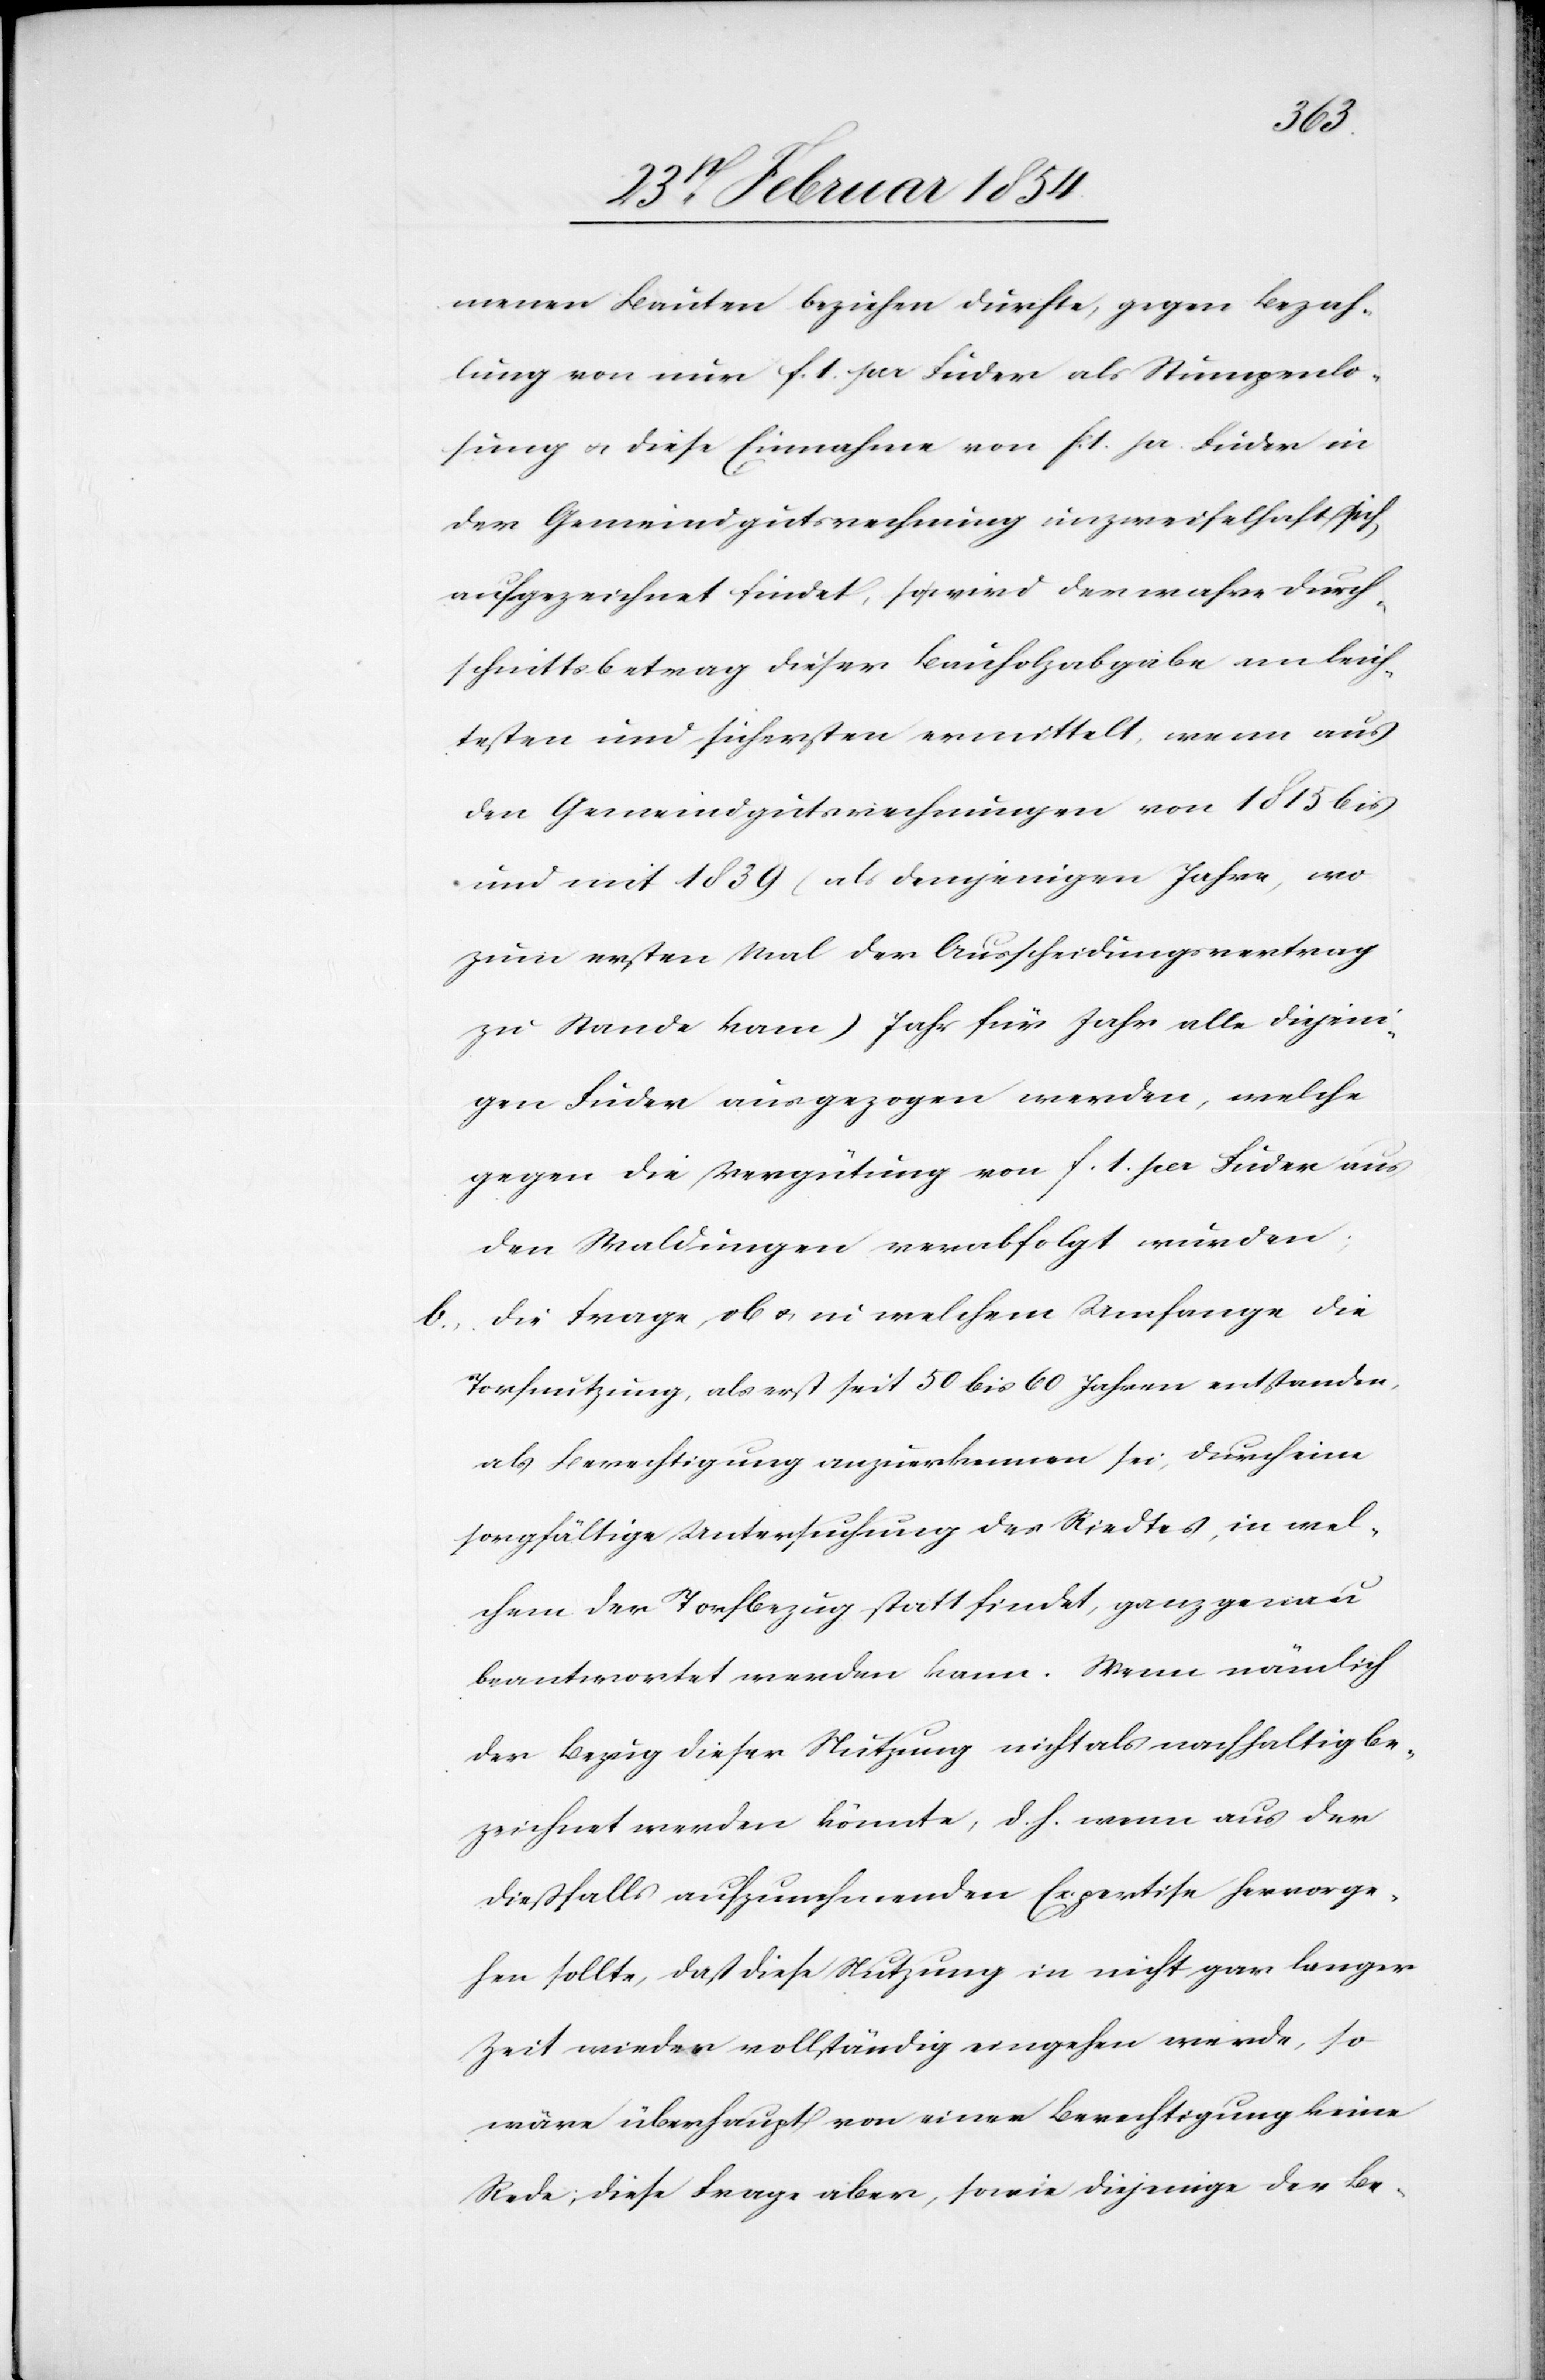
menen Bauten beziehen dürfte, gegen Bezah¬
lung von nur F. 1. pr Fuder als Stumpenlo¬
sung u. diese Einnahme von F. 1. pr. Fuder in
der Gemeindgutsrechnung unzweifelhaft sich
aufgezeichnet findet, so wird der wahre Durch¬
schnittsbetrag dieser Bauholzabgabe am leich¬
testen und sichersten ermittelt, wenn aus
den Gemeindgutsrechnungen von 1815 bis
und mit 1839 (als demjenigen Jahre, wo
zum ersten Mal der Ausscheidungsvertrag
zu Stande kam) Jahr für Jahr alle diejeni¬
gen Fuder ausgezogen werden, welche
gegen die Vergütung von F. 1 pr Fuder aus
den Waldungen verabfolgt werden.
b. Die frage, ob u. in welchem Umfange die
Torfnutzung, als erst seit 50 bis 60 Jahren entstanden,
als Berechtigung anzuerkennen sei, durch eine
sorgfältige Untersuchung des Riedtes, in wel¬
chem der Torfbezug Statt findet, ganz genau
beantwortet werden kann. Wenn nämlich
der Bezug dieser Nutzung nicht als nachhaltig be¬
zeichnet werden könnte, d. h. wenn aus der
dießfalls aufzunehmenden Expertise hervorge¬
hen sollte, daß diese Nutzung in n icht gar langer
Zeit wieder vollständig eingehen werde, so
wäre überhaupt von einer Berechtigung keine
Rede; diese Frage aber, sowie diejenige der Be-